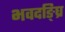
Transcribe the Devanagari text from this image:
भवदङ्घ्रि